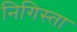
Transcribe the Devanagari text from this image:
निगिस्ता